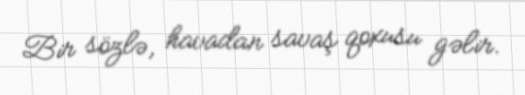
Bir sözlə, havadan savaş qoxusu gəlir.